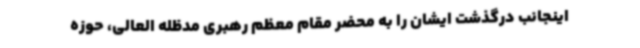
اینجانب درگذشت ایشان را به محضر مقام معظم رهبری مدظله العالی، حوزه